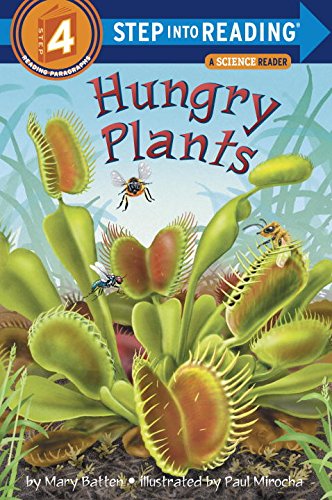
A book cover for Hungry Plants (Step-into-Reading, Step 4); Mary Batten; Children's Books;